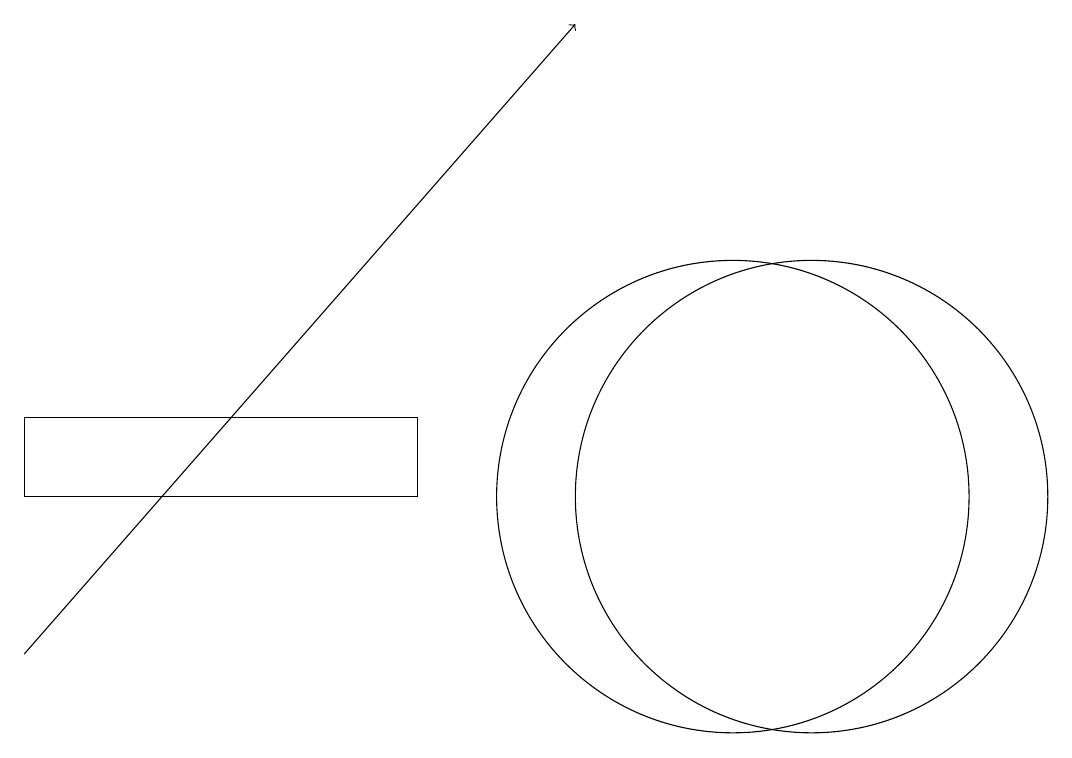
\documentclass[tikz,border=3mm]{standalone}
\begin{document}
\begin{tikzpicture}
\draw (11,12) circle (3);
\draw (1,12) rectangle (6,13);
\draw (10,12) circle (3);
\draw (10,10) circle (0);
\draw[->] (1,10) -- (8,18);
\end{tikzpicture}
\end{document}